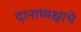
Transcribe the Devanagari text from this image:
दानाध्यक्षाचे